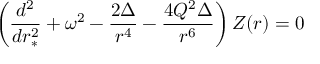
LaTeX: \left( { \frac { d ^ { 2 } } { d r _ { * } ^ { 2 } } } + \omega ^ { 2 } - { \frac { 2 \Delta } { r ^ { 4 } } } - { \frac { 4 Q ^ { 2 } \Delta } { r ^ { 6 } } } \right) Z ( r ) = 0